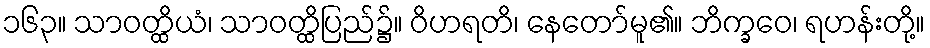
၁၆၃။ သာဝတ္ထိယံ၊ သာဝတ္ထိပြည်၌။ ဝိဟရတိ၊ နေတော်မူ၏။ ဘိက္ခဝေ၊ ရဟန်းတို့။